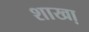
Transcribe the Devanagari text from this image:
शाखा़